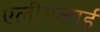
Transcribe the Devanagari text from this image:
एलीमलाई